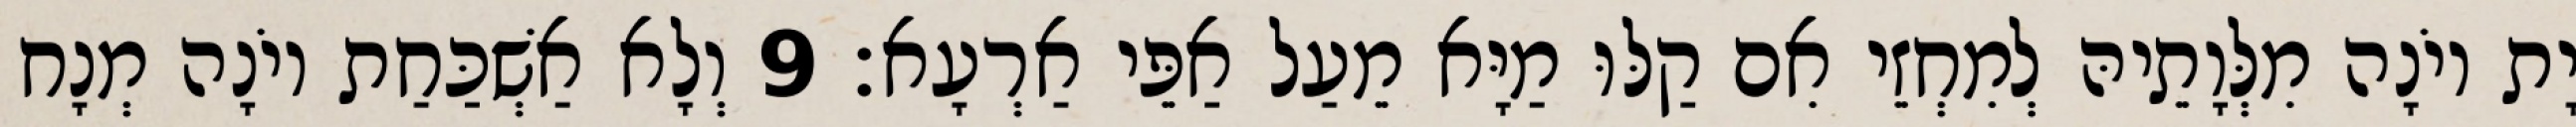
יָת יוֹנָה מִלְּוָתֵיהּ לְמִחְזֵי אִם קַלּוּ מַיָּא מֵעַל אַפֵּי אַרְעָא׃ 9 וְלָא אַשְׁכַּחַת יוֹנָה מְנָח